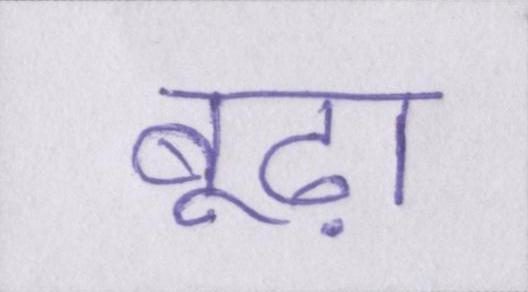
बूढ़ा